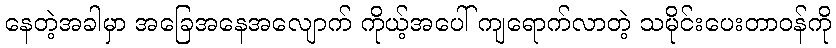
နေတဲ့အခါမှာ အခြေအနေအလျောက် ကိုယ့်အပေါ် ကျရောက်လာတဲ့ သမိုင်းပေးတာဝန်ကို